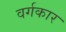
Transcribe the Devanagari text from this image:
वर्गकार